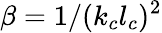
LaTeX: \beta=1/(k_{c}l_{c})^{2}